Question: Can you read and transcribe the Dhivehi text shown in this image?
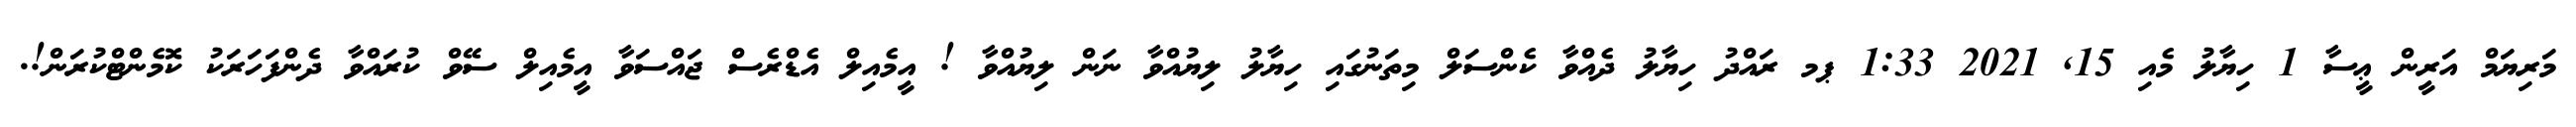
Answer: މަރިޔަމް އަރީން ޢީސާ 1 ހިޔާލު މެއި 15, 2021 1:33 ޕމ ރައްދު ހިޔާލު ދެއްވާ ކެންސަލް މިތަނުގައި ހިޔާލު ލިޔުއްވާ ނަން ލިޔުއްވާ ! އީމެއިލް އެޑްރެސް ޖައްސަވާ އީމެއިލް ސޭވް ކުރައްވާ ދެންފަހަރަކު ކޮމެންޓްކުރަން!.